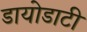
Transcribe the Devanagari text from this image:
डायोडाटी